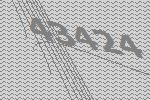
43424